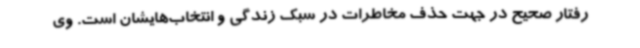
رفتار صحیح در جهت حذف مخاطرات در سبک زندگی و انتخاب‌هایشان است. وی